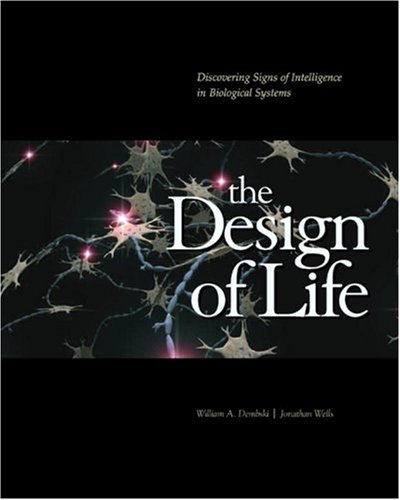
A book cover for The Design of Life: Discovering Signs of Intelligence in Biological Systems; William A. Dembski; Christian Books & Bibles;